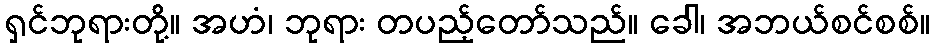
ရှင်ဘုရားတို့။ အဟံ၊ ဘုရား တပည့်တော်သည်။ ခေါ၊ အဘယ်စင်စစ်။